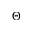
\Theta